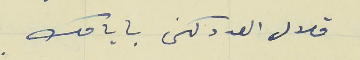
قلال العددكن بايامك